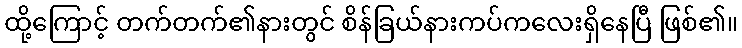
ထို့ကြောင့် တက်တက်၏နားတွင် စိန်ခြယ်နားကပ်ကလေးရှိနေပြီ ဖြစ်၏။